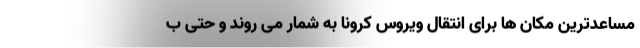
مساعدترین مکان ها برای انتقال ویروس کرونا به شمار می روند و حتی ب